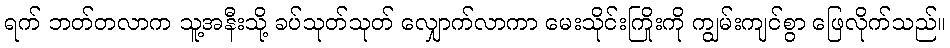
ရက် ဘတ်တလာက သူ့အနီးသို့ ခပ်သုတ်သုတ် လျှောက်လာကာ မေးသိုင်းကြိုးကို ကျွမ်းကျင်စွာ ဖြေလိုက်သည်။